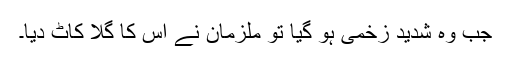
جب وہ شدید زخمی ہو گیا تو ملزمان نے اس کا گلا کاٹ دیا۔